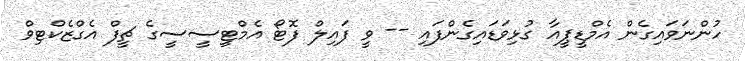
ހުންނަވައިގެން އެމްޑީޕީއާ ގުޅިވަޑައިގެންފައި -- ވީ ފައިލް ފޮޓޯ އެމްޓީސީސީގެ ޗީފް އެގްޒެކްޓިވް